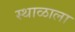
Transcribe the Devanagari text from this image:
स्थाळाला